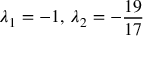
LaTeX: \lambda _ { 1 } = - 1 , \, \lambda _ { 2 } = - { \frac { 1 9 } { 1 7 } }